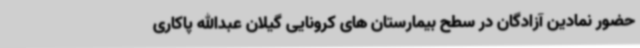
حضور نمادین آزادگان در سطح بیمارستان های کرونایی گیلان عبدالله پاکاری